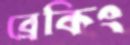
ব্রেকিং